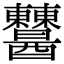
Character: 𨤈